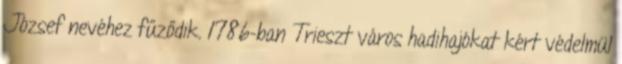
József nevéhez fűződik. 1786-ban Trieszt város hadihajókat kért védelmül